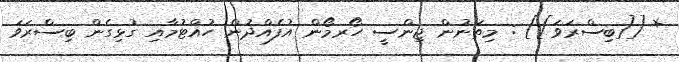
* [[ބިސްރަވަ]] : މިތަނުން ޖިންސީ ހޯރމޯން އުފެއްދުން ހުއްޓުމާއި ގުޅިގެން ބިސްރަވަ